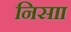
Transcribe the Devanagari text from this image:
निसाा